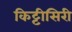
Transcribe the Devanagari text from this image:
किट्टीसिरी